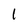
Character: 1